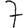
Digit: 7